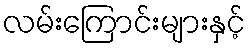
လမ်းကြောင်းများနှင့်